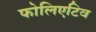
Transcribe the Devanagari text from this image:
फोलिएटिव